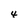
Character: 4